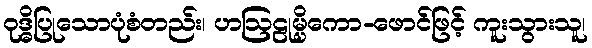
ဝုဒ္ဓိပြုသောပုံစံတည်း၊ ဟဩဠုမ္ပိကော-ဖောင်ဖြင့် ကူးသွားသူ၊